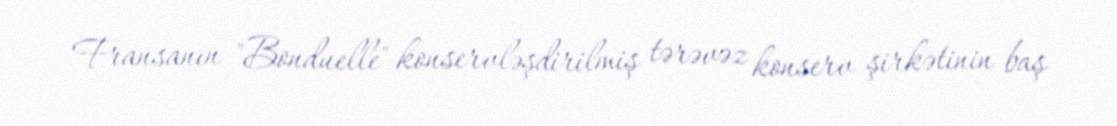
Fransanın "Bonduelle" konservləşdirilmiş tərəvəz konserv şirkətinin baş